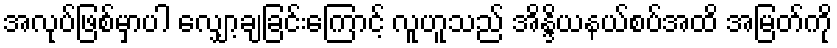
အလုပ်ဖြစ်မှာပါ လျှော့ချခြင်းကြောင့် လူဟူသည် အိန္ဒိယနယ်စပ်အထိ အမြတ်ကို